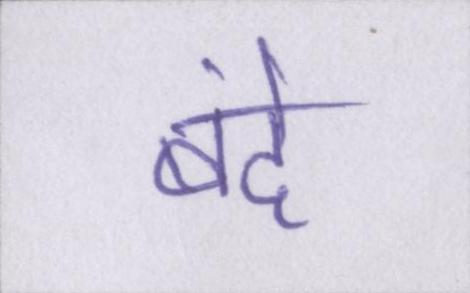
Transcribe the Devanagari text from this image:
बंदे